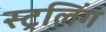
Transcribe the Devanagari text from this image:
स्ट्रलिंग